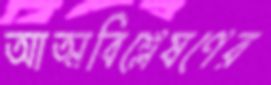
আত্মবিশ্লেষণের